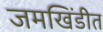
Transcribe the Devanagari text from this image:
जमखिंडीत